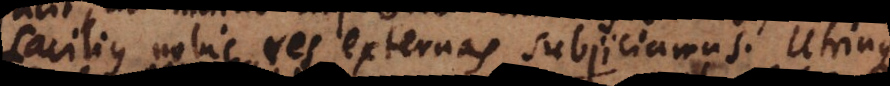
facilius nobis res externas subjiciamus. Utrinque